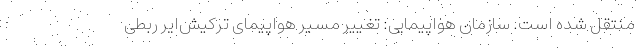
منتقل شده است. سازمان هواپیمایی: تغییر مسیر هواپیمای ترکیش‌ایر ربطی